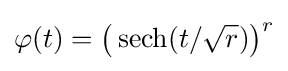
\varphi (t)={\big (}\operatorname {sech} (t/{\sqrt {r}}){\big )}^{r}